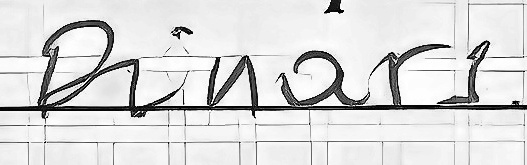
Dinars